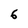
Character: 6